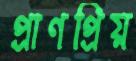
প্রাণপ্রিয়